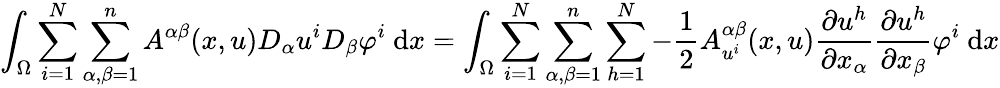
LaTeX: \int_{\Omega}\sum_{i=1}^{N}\sum_{\alpha,\beta=1}^{n}A^{\alpha\beta}(x,u)D_{\alpha}u^{i}D_{\beta}\varphi^{i}\ \mathrm{d}x=\int_{\Omega}\sum_{i=1}^{N}\sum_{\alpha,\beta=1}^{n}\sum_{h=1}^{N}-\frac{1}{2}A_{u^{i}}^{\alpha\beta}(x,u)\frac{\partial u^{h}}{\partial x_{\alpha}}\frac{\partial u^{h}}{\partial x_{\beta}}\varphi^{i}\ \mathrm{d}x